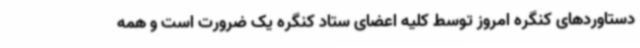
دستاوردهای کنگره امروز توسط کلیه اعضای ستاد کنگره یک ضرورت است و همه